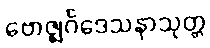
ဗောဇ္ဈင်္ဂဒေသနာသုတ္တ